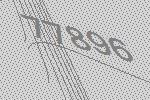
77896